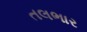
તલભાર